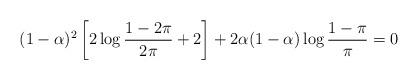
LaTeX: \begin{align*}(1-\alpha)^2\left[2\log\frac{1-2\pi}{2\pi}+2\right]+2\alpha(1-\alpha)\log\frac{1-\pi}{\pi}=0\end{align*}